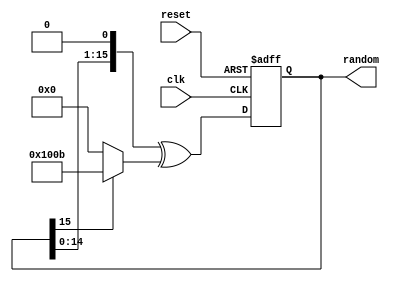
module game_random
(
    input             clk,
    input             reset,
    output reg [15:0] random
);

    // Uses LFSR, Linear Feedback Shift Register

    always @(posedge clk or posedge reset)
        if (reset)
            random <= 16'b1111111111111;
        else
            random <=   { random [14:0], 1'b0 }
                      ^ ( random [15] ? 16'b1000000001011 : 16'b0);

endmodule